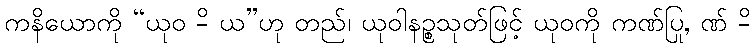
ကနိယောကို “ယုဝ -ိ ယ”ဟု တည်၊ ယုဝါနဉ္စသုတ်ဖြင့် ယုဝကို ကဏ်ပြု, ဏ် -ိ